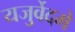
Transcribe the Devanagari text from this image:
यजुर्वेदमे